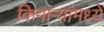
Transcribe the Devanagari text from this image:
किनाऱ्यांमध्ये